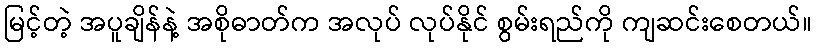
မြင့်တဲ့ အပူချိန်နဲ့ အစိုဓာတ်က အလုပ် လုပ်နိုင် စွမ်းရည်ကို ကျဆင်းစေတယ်။